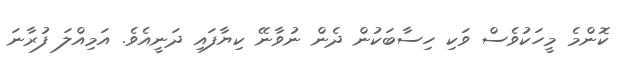
ކޮންމެ މީހަކުވެސް ވަކި ހިސާބަކުން ދެން ނުވާނޭ ކިޔާފައި ދަނީއެވެ. އަމިއްލަ ފުރާނަ